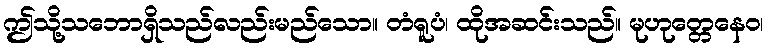
ဤသို့သဘောရှိသည်လည်းမည်သော။ တံရူပံ၊ ထိုအဆင်းသည်။ မုဟုတ္တေနေဝ၊